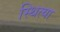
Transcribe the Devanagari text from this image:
स्थित्या